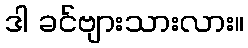
ဒါ ခင်ဗျားသားလား။